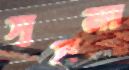
সুসমা